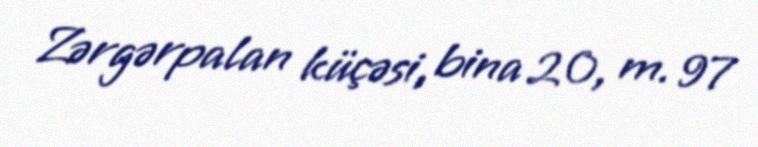
Zərgərpalan küçəsi, bina 20, m. 97